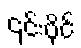
၎င်းပိုင်